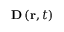
\mathbf { D } \left( \mathbf { r } , t \right)